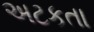
અટકતા